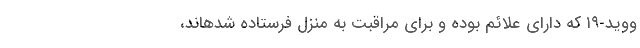
ووید-۱۹ که دارای علائم بوده و برای مراقبت به منزل فرستاده شدهاند،